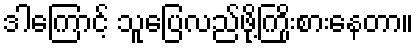
ဒါကြောင့် သူပြေလည်ဖို့ကြိုးစားနေတာ။